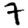
Digit: 7